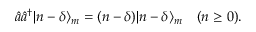
\hat { a } \hat { a } ^ { \dagger } | n - \delta \rangle _ { m } = ( n - \delta ) | n - \delta \rangle _ { m } \quad ( n \geq 0 ) .